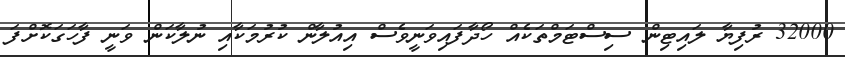
32000 ރުފިޔާ ލައިޓިން ސިސްޓަމްތަކެއް ހޯދާފައިވަނީވެސް އިއުލާން ކުރުމަކާއި ނުލާކަން ވަނީ ފާހަގަކޮށްފަ